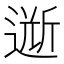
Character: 𲅫